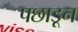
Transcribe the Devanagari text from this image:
पछाडून